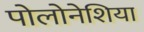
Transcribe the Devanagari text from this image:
पोलोनेशिया